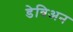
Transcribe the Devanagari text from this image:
डेविअन